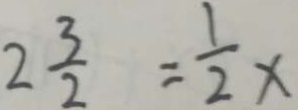
2 \frac { 3 } { 2 } = \frac { 1 } { 2 } x